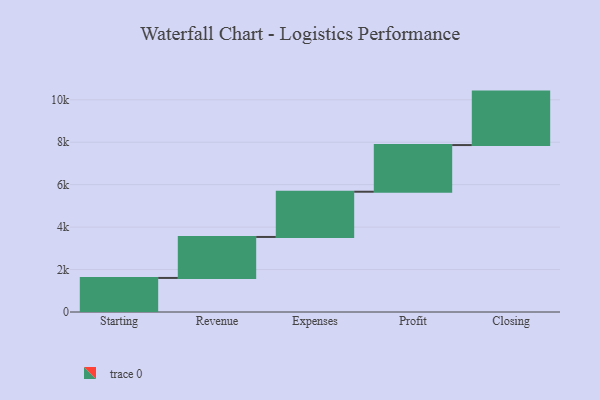
{"axis": {"x": "Step", "y": "Value"}, "legend": [""], "data": [{"x": "Starting", "y": 1605.0, "type": ""}, {"x": "Revenue", "y": 1931.0, "type": ""}, {"x": "Expenses", "y": 2132.0, "type": ""}, {"x": "Profit", "y": 2199.0, "type": ""}, {"x": "Closing", "y": 2519.0, "type": ""}]}